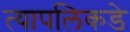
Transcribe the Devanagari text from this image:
त्यापलिकडे